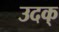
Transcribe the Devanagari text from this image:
उदक्